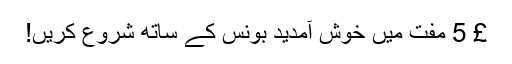
£ 5 مفت میں خوش آمدید بونس کے ساتھ شروع کریں!